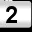
Digit: 2